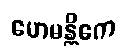
ဟေမန္တိကေ